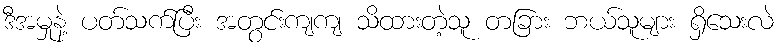
ဒီအမှုနဲ့ ပတ်သက်ပြီး အတွင်းကျကျ သိထားတဲ့သူ တခြား ဘယ်သူများ ရှိသေးလဲ